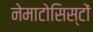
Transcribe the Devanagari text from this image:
नेमाटोसिस्टों